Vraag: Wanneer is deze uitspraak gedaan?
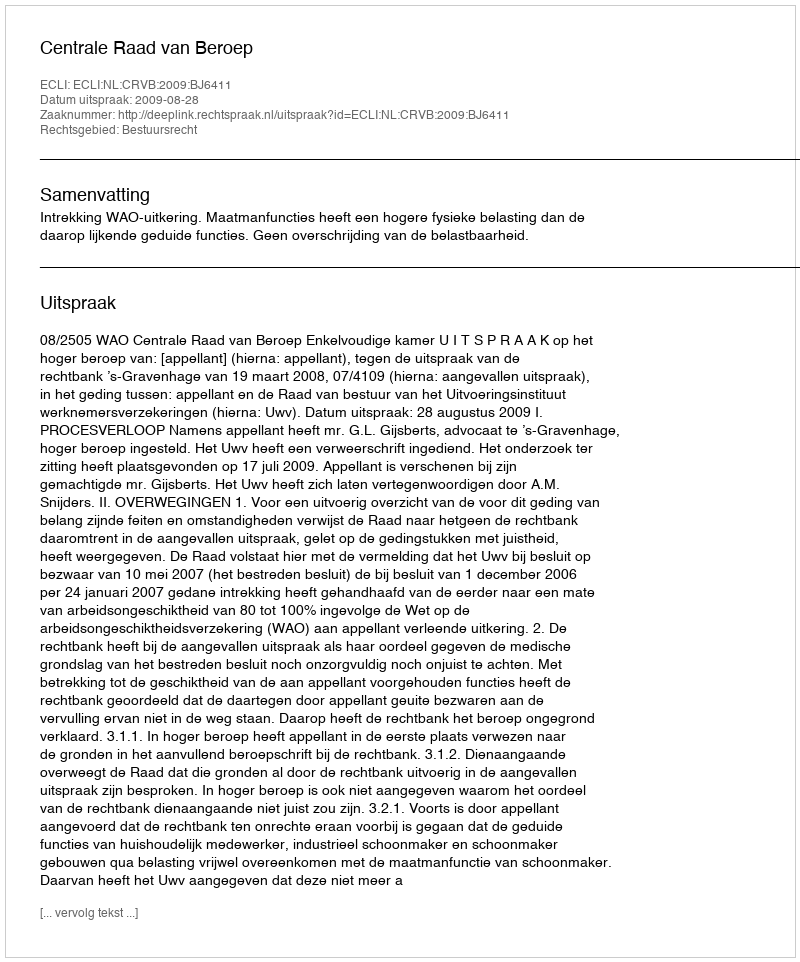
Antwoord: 2009-08-28